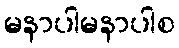
မနာပါမနာပါစ